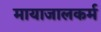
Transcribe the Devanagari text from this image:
मायाजालकर्म